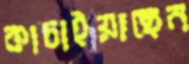
কাচাইয়াছেন